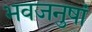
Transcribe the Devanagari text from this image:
भवजनुषां